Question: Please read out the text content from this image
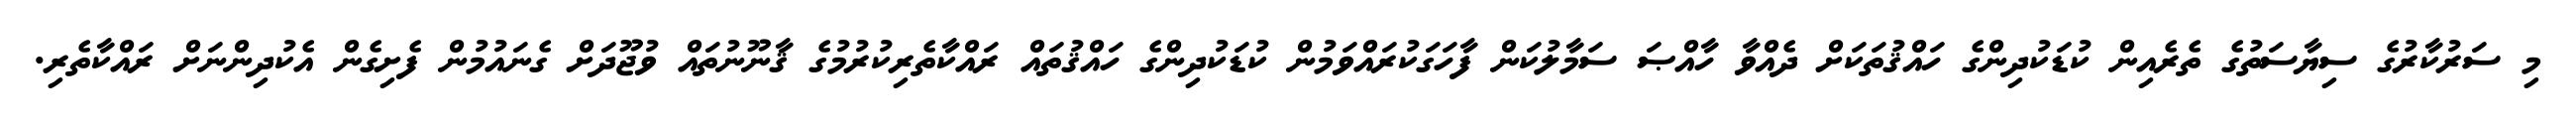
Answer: މި ސަރުކާރުގެ ސިޔާސަތުގެ ތެރެއިން ކުޑަކުދިންގެ ހައްޤުތަކަށް ދެއްވާ ހާއްޞަ ސަމާލުކަން ފާހަގަކުރައްވަމުން ކުޑަކުދިންގެ ހައްޤުތައް ރައްކާތެރިކުރުމުގެ ޤާނޫނުތައް ވުޖޫދަށް ގެނައުމުން ފެށިގެން އެކުދިންނަށް ރައްކާތެރި.